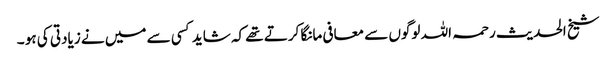
شیخ الحدیث رحمہ اللہ لوگوں سے معافی مانگا کرتے تھے کہ شاید کسی سے میں نے زیادتی کی ہو ۔